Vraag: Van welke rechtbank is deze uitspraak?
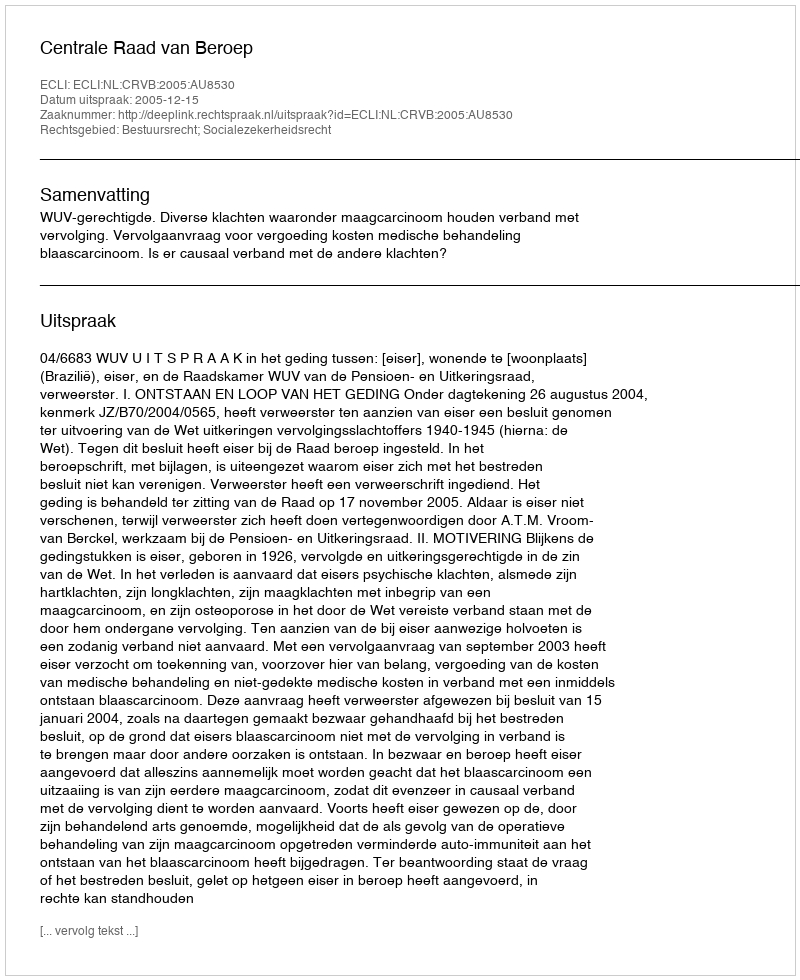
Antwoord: Centrale Raad van Beroep